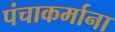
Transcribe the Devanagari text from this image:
पंचाकर्माना